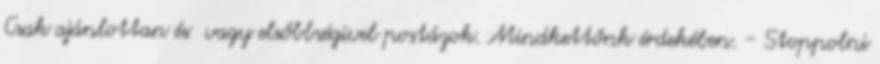
Csak ajánlottan és vagy elsőbbségivel postázok. Mindkettőnk érdekében. - Stoppolni